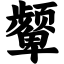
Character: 颦